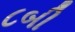
૮બી